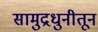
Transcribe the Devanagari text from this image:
सामुद्रधुनीतून